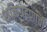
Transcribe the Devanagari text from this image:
शक्तिग्रहणाची